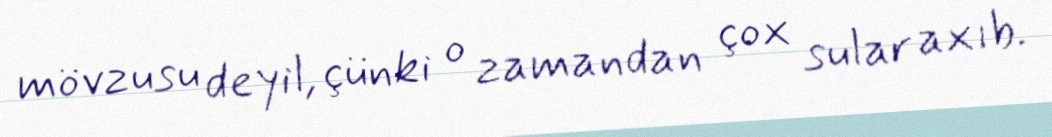
mövzusu deyil, çünki o zamandan çox sular axıb.